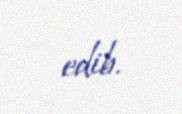
edib.